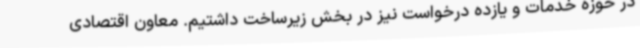
در حوزه خدمات و یازده درخواست نیز در بخش زیرساخت داشتیم. معاون اقتصادی